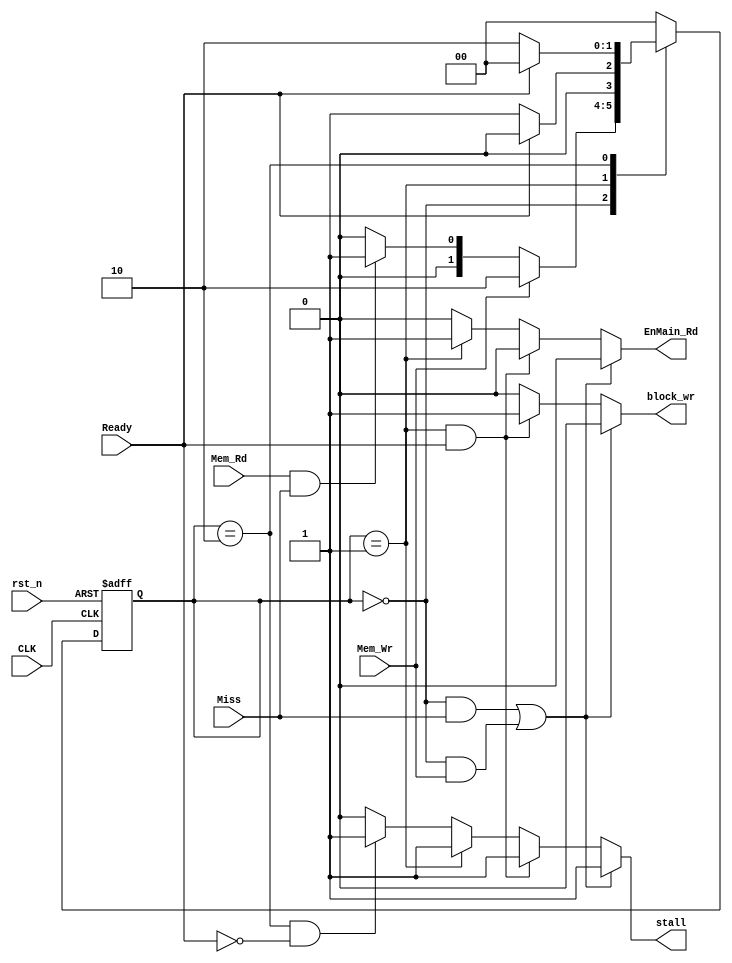
module Controller (
	input  wire  rst_n,
	input  wire  CLK,
	input  wire	 Mem_Wr,
	input  wire  Mem_Rd,
	input  wire  Miss,
	input  wire  Ready,
	output reg   block_wr,
	output reg   EnMain_Rd,
	output reg	 stall
);

localparam IDLE       = 2'b00;
localparam READ_DATA  = 2'b01;
localparam WRITE_DATA = 2'b10;


// States 
reg [1:0]   CS;
reg [1:0]   NS;

// State Registering
always @(posedge CLK,negedge rst_n) begin
	if(!rst_n) begin
		CS <= IDLE;
	end 
	else begin
		CS <= NS;
	end
end

// States Transition
always @(*) begin
	case (CS)
		IDLE: begin
			if (Mem_Wr) begin
				NS = WRITE_DATA;
			end
			else if (Mem_Rd && Miss) begin
				NS = READ_DATA;
			end
			else begin
				NS = IDLE;
			end
		end
		READ_DATA: begin
			if (Ready) begin
				NS = IDLE;
			end
			else begin
				NS = READ_DATA;
			end
		end
		WRITE_DATA: begin
			if (Ready) begin
				NS = IDLE;
			end
			else begin
				NS = WRITE_DATA;
			end
		end
		default: begin
			NS = IDLE;
		end
	endcase
end

// FSM Output
always @(*) begin
	// Default Values
	stall     = 1'b0;
	EnMain_Rd = 1'b0;
	block_wr  = 1'b0;
	if ((CS == IDLE && Miss) || (CS == IDLE && Mem_Wr)) begin
		stall     = 1'b1;
	end
	else if (CS == READ_DATA && Ready) begin
		block_wr  = 1'b1;
		stall     = 1'b1;
	end
	else if (CS == READ_DATA) begin
		stall     = 1'b1;
		EnMain_Rd = 1'b1;
	end
	else if (CS == WRITE_DATA && !Ready) begin
		stall      = 1'b1;
	end
	else begin
		stall     = 1'b0;
		EnMain_Rd = 1'b0;
	end
end


endmodule